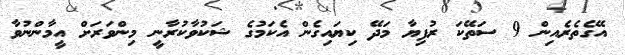
އޭގެތެރެއިން 9 ސަތޭކަ ރުފިޔާ މަދޭ ކިޔައިގެން އެކަމުގެ ޝަކުވާކުރާނީ މިންވަރަށް އީމާންނުވާ